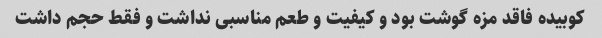
کوبیده فاقد مزه گوشت بود و کیفیت و طعم مناسبی نداشت و فقط حجم داشت